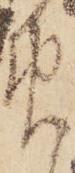
免